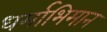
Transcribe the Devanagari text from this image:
धर्माभिमान